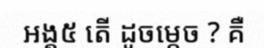
អង្គ៥ តើ ដូចម្តេច ? គឺ